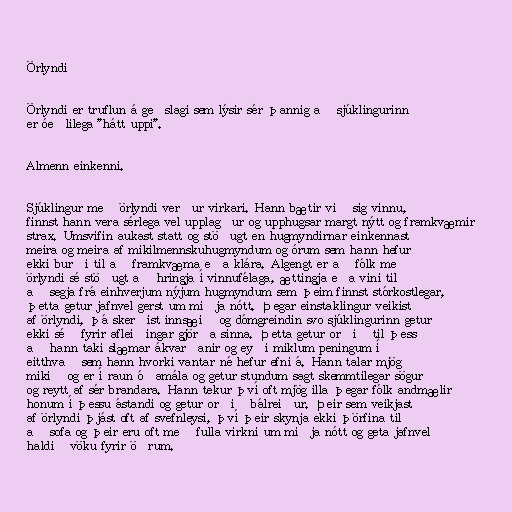
Örlyndi

Örlyndi er truflun á geðslagi sem lýsir sér þannig að sjúklingurinn
er óeðlilega "hátt uppi".

Almenn einkenni.

Sjúklingur með örlyndi verður virkari. Hann bætir við sig vinnu,
finnst hann vera sérlega vel upplagður og upphugsar margt nýtt og framkvæmir
strax. Umsvifin aukast statt og stöðugt en hugmyndirnar einkennast
meira og meira af mikilmennskuhugmyndum og órum sem hann hefur
ekki burði til að framkvæma eða klára. Algengt er að fólk með
örlyndi sé stöðugt að hringja í vinnufélaga, ættingja eða vini til
að segja frá einhverjum nýjum hugmyndum sem þeim finnst stórkostlegar,
þetta getur jafnvel gerst um miðja nótt. Þegar einstaklingur veikist
af örlyndi, þá skerðist innsæið og dómgreindin svo sjúklingurinn getur
ekki séð fyrir afleiðingar gjörða sinna. Þetta getur orðið til þess
að hann taki slæmar ákvarðanir og eyði miklum peningum í
eitthvað sem hann hvorki vantar né hefur efni á. Hann talar mjög
mikið og er í raun óðamála og getur stundum sagt skemmtilegar sögur
og reytt af sér brandara. Hann tekur því oft mjög illa þegar fólk andmælir
honum í þessu ástandi og getur orðið bálreiður. Þeir sem veikjast
af örlyndi þjást oft af svefnleysi, því þeir skynja ekki þörfina til
að sofa og þeir eru oft með fulla virkni um miðja nótt og geta jafnvel
haldið vöku fyrir öðrum.